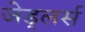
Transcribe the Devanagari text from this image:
जेड्लर्स